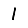
Digit: 1